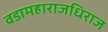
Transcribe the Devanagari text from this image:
वडामहाराजधिराज